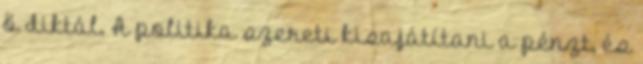
ő diktál. A politika szereti kisajátítani a pénzt, és